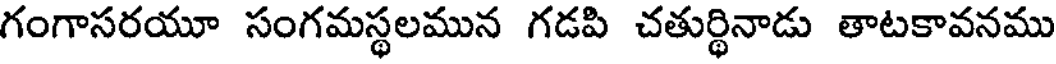
గంగాసరయూ సంగమస్థలమున గడపి చతుర్థినాడు తాటకావనము